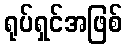
ရုပ်ရှင်အဖြစ်